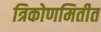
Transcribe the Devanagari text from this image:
त्रिकोणमितीत